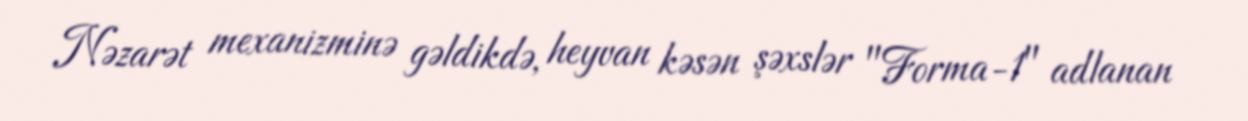
Nəzarət mexanizminə gəldikdə, heyvan kəsən şəxslər "Forma-1" adlanan